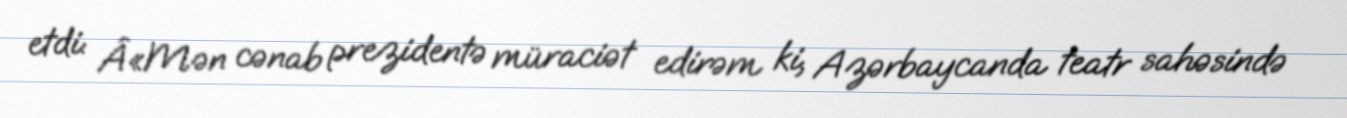
etdi: Â«Mən cənab prezidentə müraciət edirəm ki, Azərbaycanda teatr sahəsində